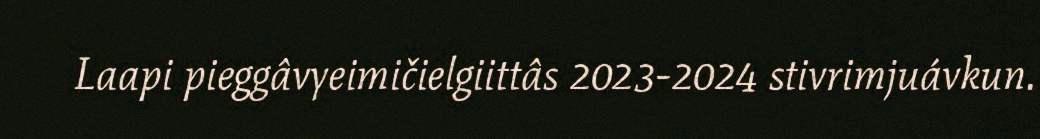
Laapi pieggâvyeimičielgiittâs 2023-2024 stivrimjuávkun.